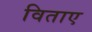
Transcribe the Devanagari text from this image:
विताए